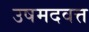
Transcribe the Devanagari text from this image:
उषमदवत्त